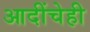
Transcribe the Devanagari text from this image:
आदींचेही